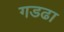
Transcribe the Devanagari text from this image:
गडढा